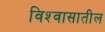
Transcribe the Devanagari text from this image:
विश्‍वासातील